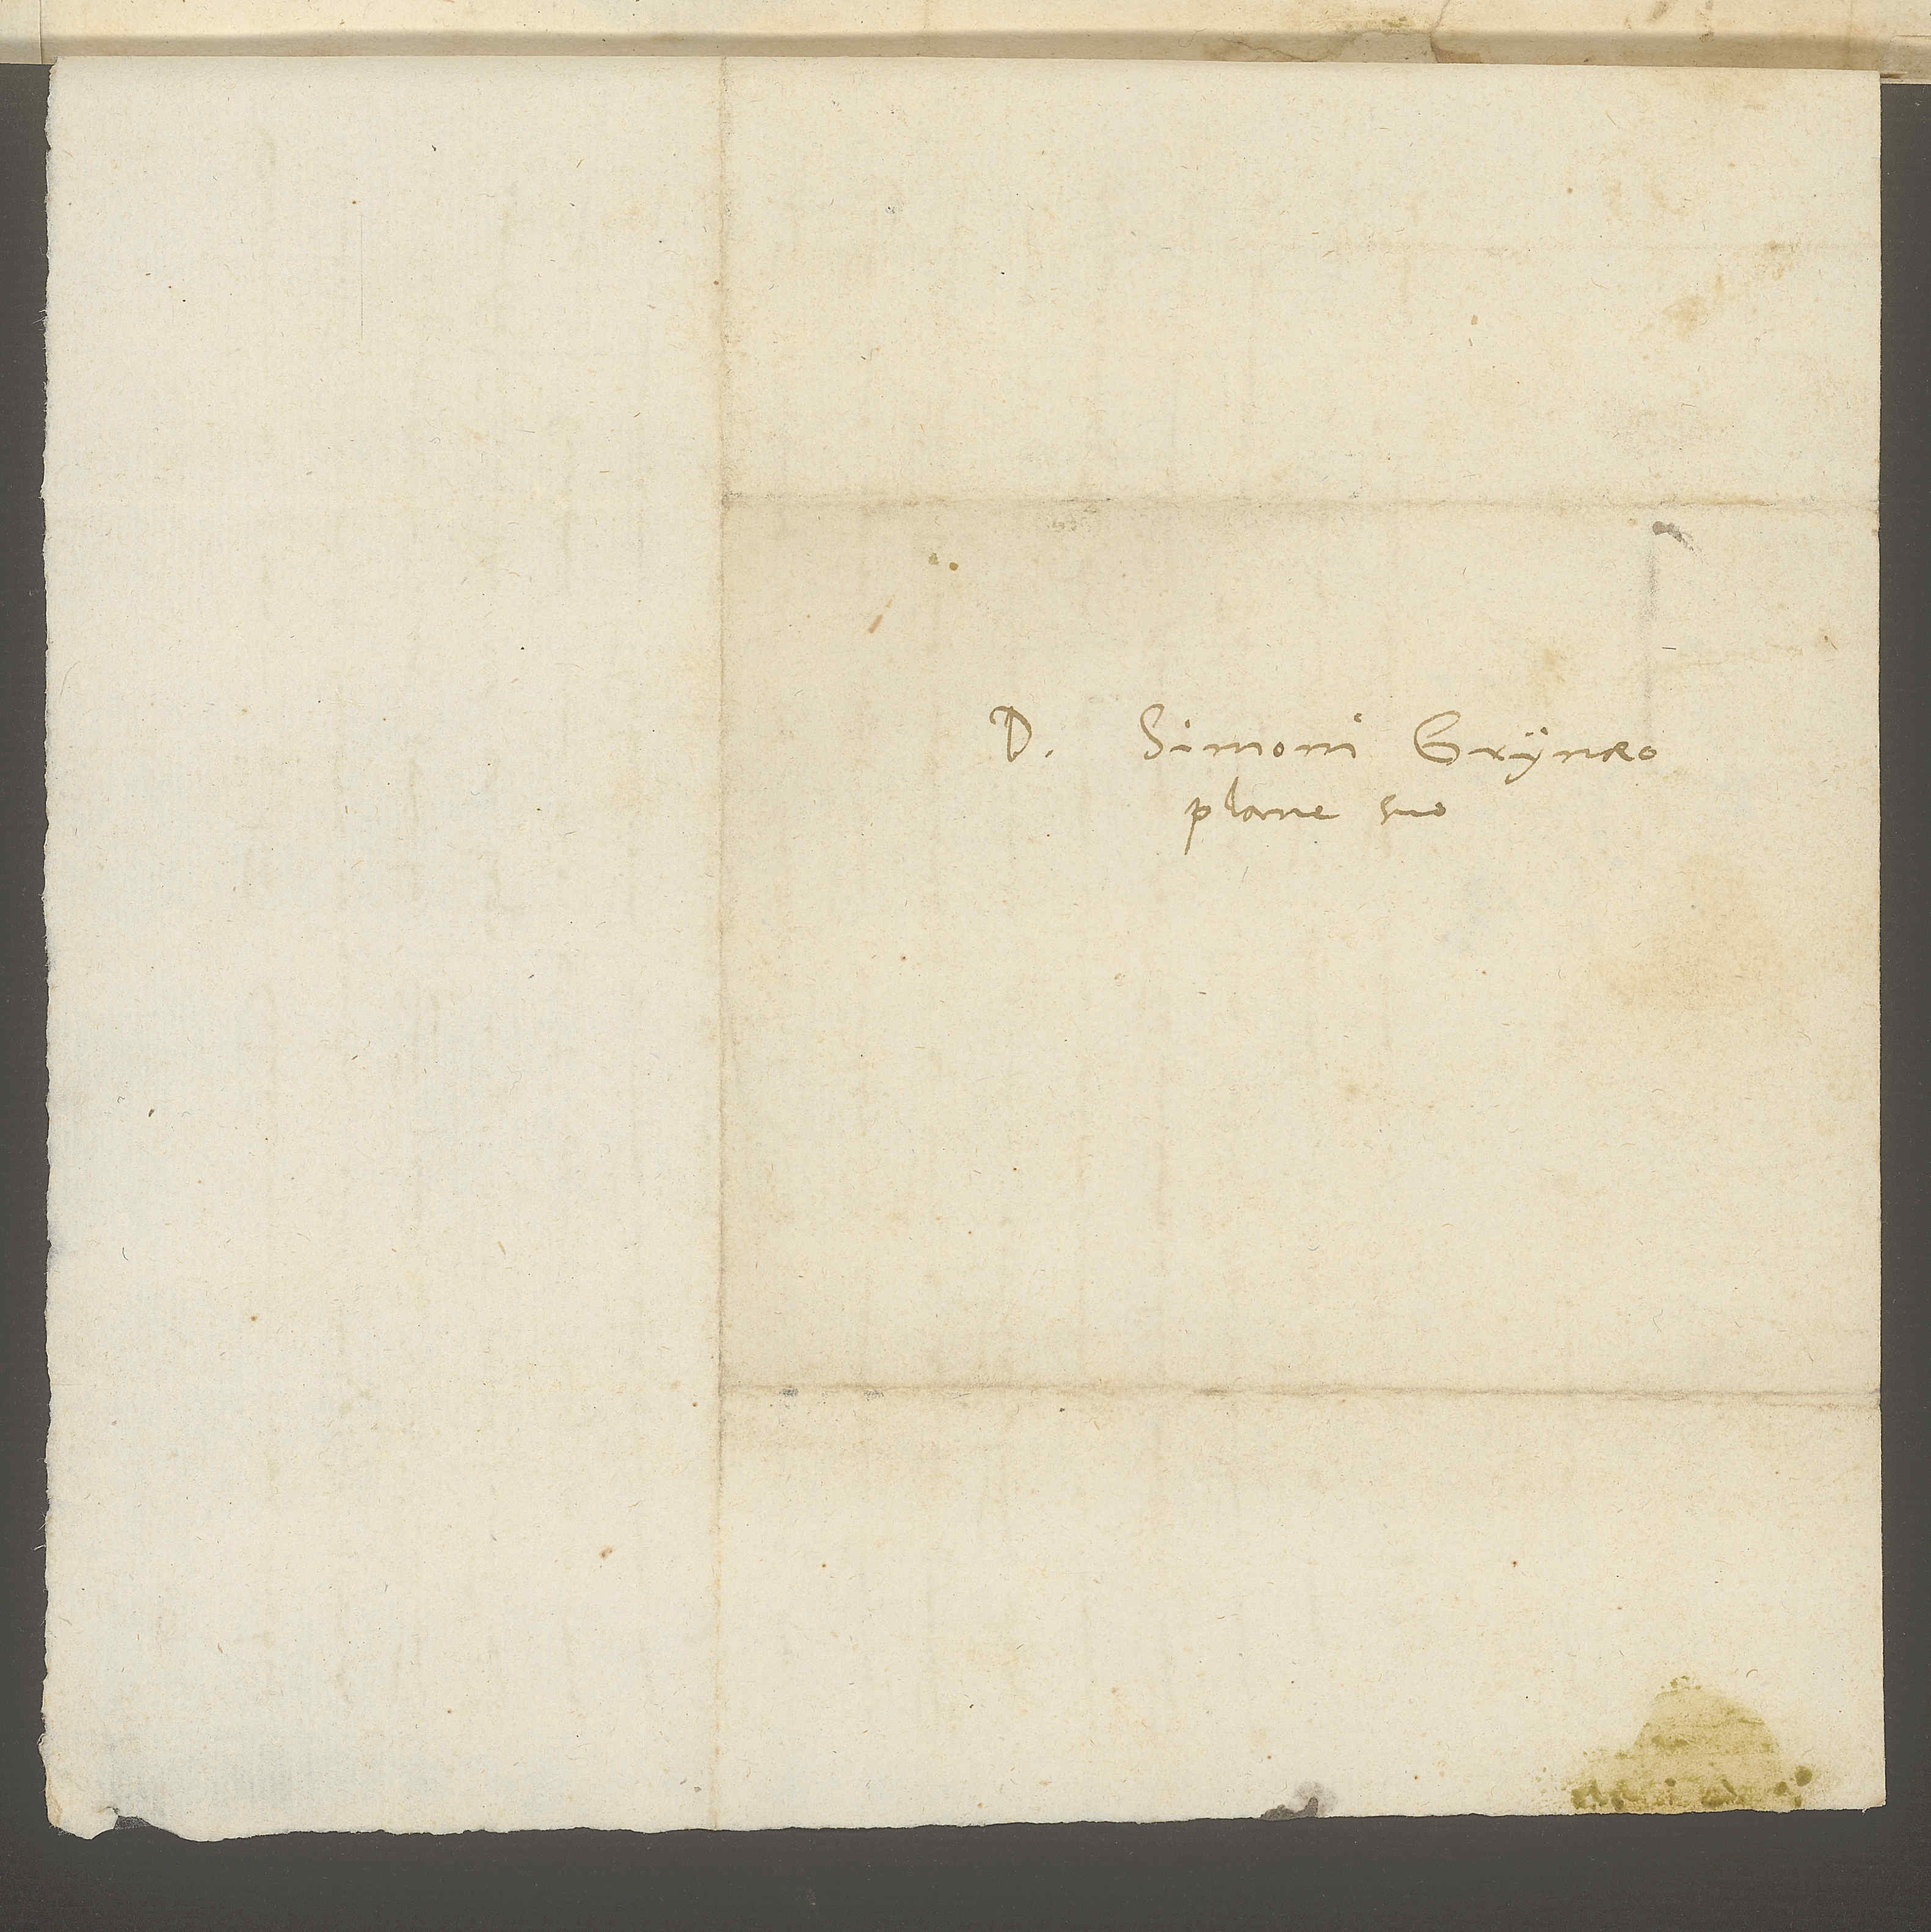
Domino Simoni Grynaeo,
plane suo.